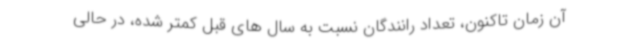
آن زمان تاکنون، تعداد رانندگان نسبت به سال های قبل کمتر شده، در حالی